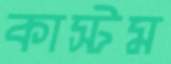
কাস্টম